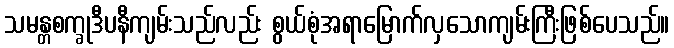
သမန္တစက္ခုဒီပနီကျမ်းသည်လည်း စွယ်စုံအရာမြောက်လှသောကျမ်းကြီးဖြစ်ပေသည်။